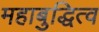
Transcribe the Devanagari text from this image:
महाबुद्धित्व